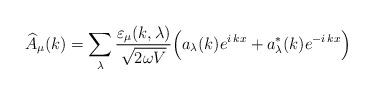
LaTeX: \begin{align*}\widehat{A}_\mu(k)=\sum_\lambda \frac{\varepsilon_\mu(k,\lambda)}{\sqrt{2\omega V}}\Bigl(a_\lambda(k) e^{i\,kx}+a^*_\lambda(k) e^{-i\,kx}\Bigr)\end{align*}